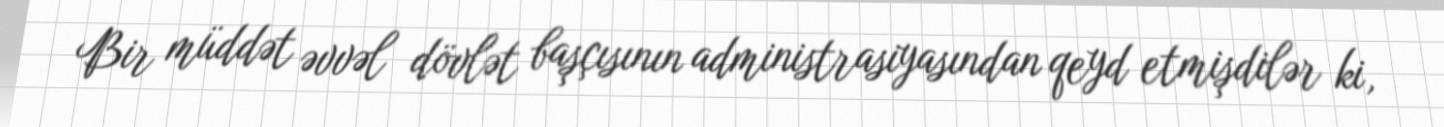
Bir müddət əvvəl dövlət başçısının administrasiyasından qeyd etmişdilər ki,